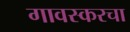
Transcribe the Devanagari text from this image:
गावस्करचा